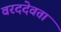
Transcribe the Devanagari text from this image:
वरददेवता